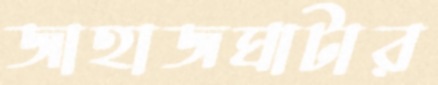
জাহাজঘাটার